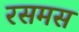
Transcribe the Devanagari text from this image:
रसमस